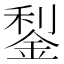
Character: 鋫